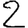
Digit: 2